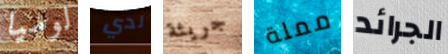
لوسيا لدي جريئة مملة الجرائد